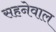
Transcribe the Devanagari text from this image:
सहनेवाल